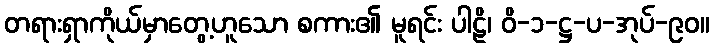
တရားရှာကိုယ်မှာတွေ့ဟူသော စကား၏ မူရင်း ပါဠိ၊ ဝိ-၁-ဋ္ဌ-ပ-အုပ်-၉၀။